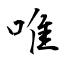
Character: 唯